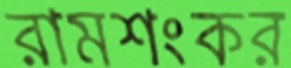
রামশংকর